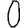
Digit: 0